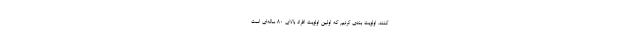
کنند، اولویت بندی کردیم که اولین اولویت افراد بالای ۸۰ ساله‌ای است